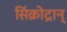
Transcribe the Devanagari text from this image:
सिंक्रोट्रान्